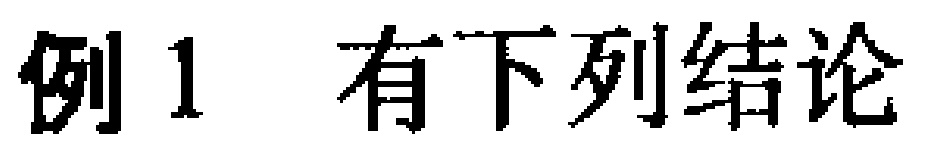
例1 有下列结论